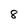
Character: 8